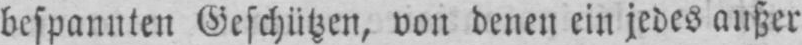
bespannten Geschützen, von denen ein jedes außer